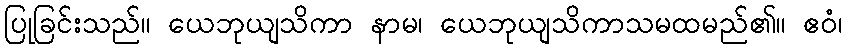
ပြုခြင်းသည်။ ယေဘုယျသိကာ နာမ၊ ယေဘုယျသိကာသမထမည်၏။ ဧဝံ၊